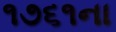
૧૭૬૧ના